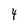
Character: 4